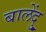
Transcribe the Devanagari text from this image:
बालेंदु